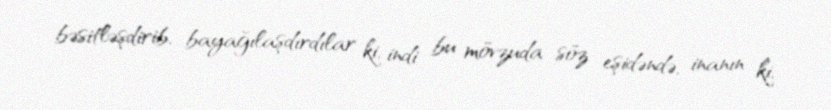
bəsitləşdirib, bayağılaşdırdılar ki, indi bu mövzuda söz eşidəndə, inanın ki,